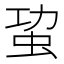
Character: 𮓾